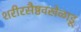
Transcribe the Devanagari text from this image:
शरीरसैष्ठवखेळाडू